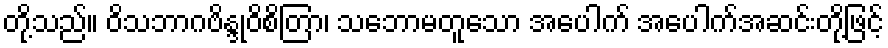
တို့သည်။ ဝိသဘာဂဗိန္ဒုဝိစိတြာ၊ သဘောမတူသော အပေါက် အပေါက်အဆင်းတို့ဖြင့်